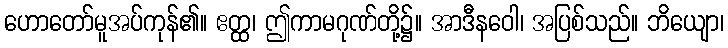
ဟောတော်မူအပ်ကုန်၏။ ဧတ္ထ၊ ဤကာမဂုဏ်တို့၌။ အာဒီနဝေါ၊ အပြစ်သည်။ ဘိယျော၊